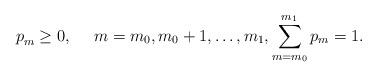
LaTeX: \begin{align*} p_m^{}\geq 0,~~~~m=m_0,m_0+1,\ldots, m_1,\sum_{m=m_0}^{m_1} p_m=1. \end{align*}